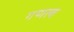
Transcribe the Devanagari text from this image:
गणत्व